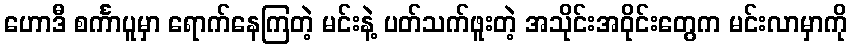
ဟောဒီ စင်္ကာပူမှာ ရောက်နေကြတဲ့ မင်းနဲ့ ပတ်သက်ဖူးတဲ့ အသိုင်းအဝိုင်းတွေက မင်းလာမှာကို